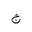
Letter: _gim